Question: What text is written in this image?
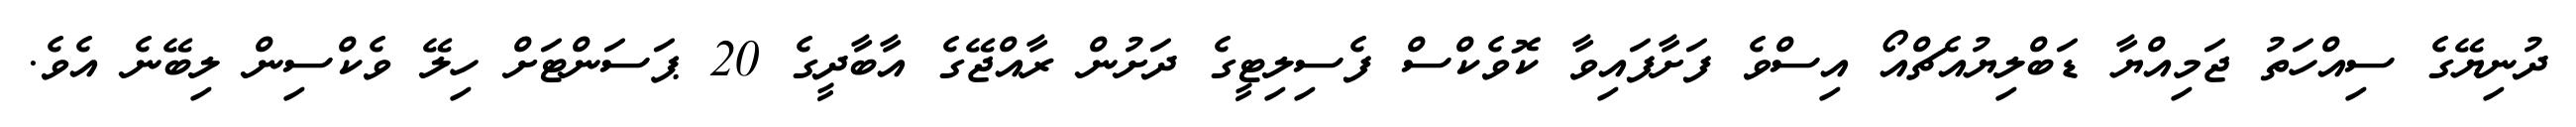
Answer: ދުނިޔޭގެ ސިއްހަތު ޖަމިއްޔާ ޑަބްލިޔުއެޗްއޯ އިސްވެ ފަށާފައިވާ ކޮވެކްސް ފެސިލިޓީގެ ދަށުން ރާއްޖޭގެ އާބާދީގެ 20 ޕަސަންޓަށް ހިލޭ ވެކްސިން ލިބޭނެ އެވެ.